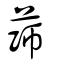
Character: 蒒